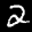
Label: 2